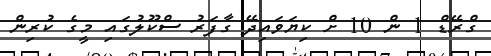
ގްރޭޑް 1 ން 10 ށް ކިޔަވައިދޭ ގާފަރު ސްކޫލުގައި މީގެ ކުރިން